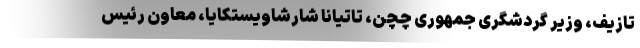
تازیف، وزیر گردشگری جمهوری چچن، تاتیانا شارشاویستکایا، معاون رئیس